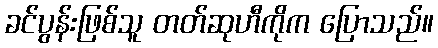
ခင်ပွန်းဖြစ်သူ တတ်ဆုဟီကိုက ပြောသည်။